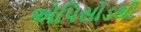
એપિસોડથી